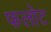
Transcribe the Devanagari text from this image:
फलोट